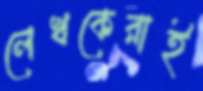
লেখকেরাই